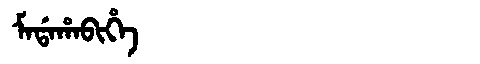
Manchu: ᠮᠠᡩᠠᡥᠠᠪᡳᡥᡝ
Romanization: MADAHABIHE